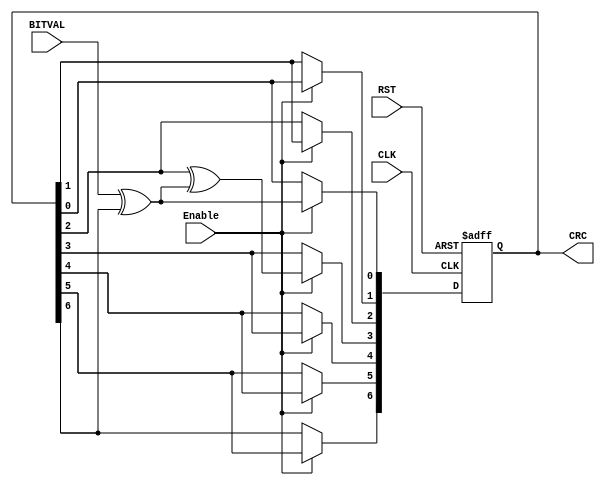
module CRC_7(BITVAL, Enable, CLK, RST, CRC);
   input        BITVAL;// Next input bit
   input Enable;
   input        CLK;                           // Current bit valid (Clock)
   input        RST;                             // Init CRC value
   output [6:0] CRC;                               // Current output CRC value

   reg    [6:0] CRC;   
                     // We need output registers
   wire         inv;
   
   assign inv = BITVAL ^ CRC[6];                   // XOR required?
   
   
    always @(posedge CLK or posedge RST) begin
		if (RST) begin
			CRC = 0;   
		
        end
		else begin
			if (Enable==1) begin
				CRC[6] = CRC[5];
				CRC[5] = CRC[4];
				CRC[4] = CRC[3];
				CRC[3] = CRC[2] ^ inv;
				CRC[2] = CRC[1];
				CRC[1] = CRC[0];
				CRC[0] = inv;
			end
		end
     end
   
endmodule